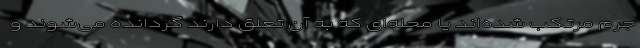
جرم مرتکب شده‌اند یا محله‌ای که به آن تعلق دارند گردانده می‌شوند و